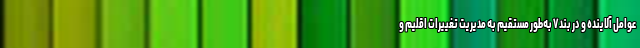
عوامل آلاینده‌ و در بند ۷ به‌طور مستقیم به مدیریت تغییرات اقلیم و